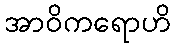
အာဝိကရောဟိ